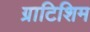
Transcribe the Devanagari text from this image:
ग्राटिशिम